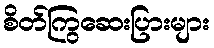
စိတ်ကြွဆေးပြားများ